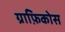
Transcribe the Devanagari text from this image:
ग्राफ़िकोस